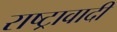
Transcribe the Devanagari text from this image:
राष्ट्रावादी